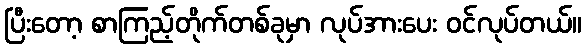
ပြီးတော့ စာကြည့်တိုက်တစ်ခုမှာ လုပ်အားပေး ဝင်လုပ်တယ်။